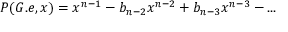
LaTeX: P ( G . e , x ) = x ^ { n - 1 } - b _ { n - 2 } x ^ { n - 2 } + b _ { n - 3 } x ^ { n - 3 } - . . .